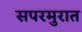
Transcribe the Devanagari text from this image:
सपरमुरात